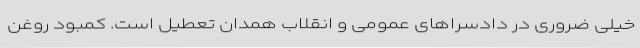
خیلی ضروری در دادسراهای عمومی و انقلاب همدان تعطیل است. کمبود روغن